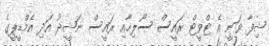
ޝިފާ ވަނީ އެ ޓްވީޓް ރައީސް ސޯލިހާއި ރައީސް ނަޝީދު އަދި އެމްޑީޕީގެ